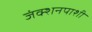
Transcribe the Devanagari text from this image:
जंक्शनपाशी